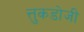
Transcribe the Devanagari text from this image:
त्तुकडोजी